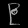
Digit: ၉